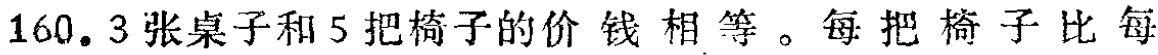
160. 3张桌子和5把椅子的价钱相等。每把椅子比每